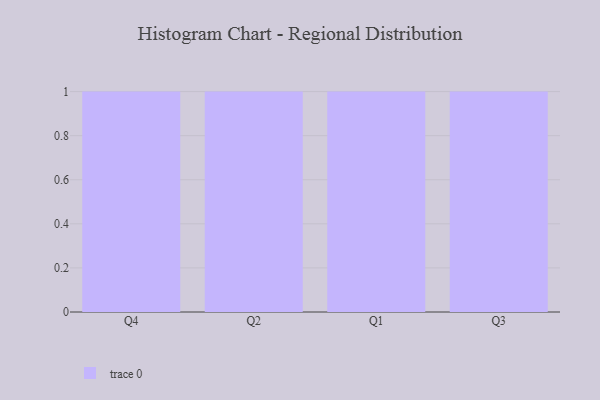
{"axis": {"x": "Quarter", "y": "Website Visitors"}, "legend": [""], "data": [{"x": "Q4", "y": 73, "type": ""}, {"x": "Q2", "y": 66, "type": ""}, {"x": "Q1", "y": 6, "type": ""}, {"x": "Q3", "y": 66, "type": ""}]}